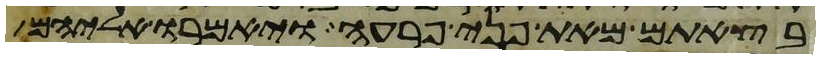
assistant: בצאתם מאת פני פרעה ויאמרו אליהם